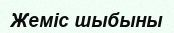
Жеміс шыбыны